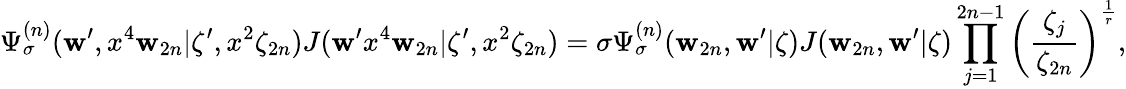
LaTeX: \Psi_{\sigma}^{(n)}(\mathbf{w}^{\prime},x^{4}\mathbf{w}_{2n}|\zeta^{\prime},x^{2}\zeta_{2n})J(\mathbf{w}^{\prime}x^{4}\mathbf{w}_{2n}|\zeta^{\prime},x^{2}\zeta_{2n})=\sigma\Psi_{\sigma}^{(n)}(\mathbf{w}_{2n},\mathbf{w}^{\prime}|\zeta)J(\mathbf{w}_{2n},\mathbf{w}^{\prime}|\zeta)\prod_{j=1}^{2n-1}\left(\frac{{\zeta_{j}}}{{\zeta_{2n}}}\right)^{\frac{{1}}{{r}}},